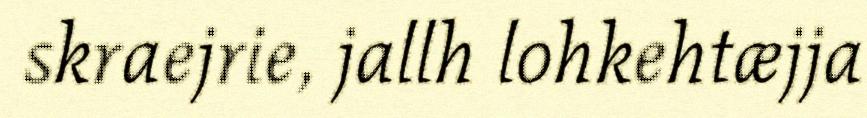
skraejrie, jallh lohkehtæjja